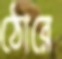
ঠোরে